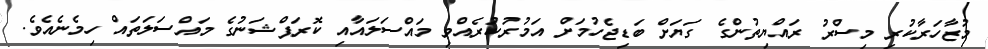
މުޒާހަރާކުރި މިސްރު ރައްޔިތުންގެ ގަޔަށް ބަޑިޖެހުމަށް އަމުރުކުރެއްވި މައްސަލައާއި ކޮރަޕްޝަނުގެ މައްސަލަތައް ހިމެނެއެވެ.